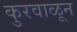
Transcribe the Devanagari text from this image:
कुरवाळून